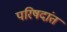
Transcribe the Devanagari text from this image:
परिषदांत